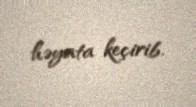
həyata keçirib.